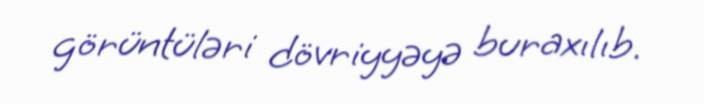
görüntüləri dövriyyəyə buraxılıb.